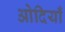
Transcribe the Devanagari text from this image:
ओदियाँ